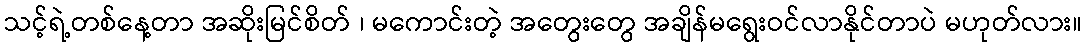
သင့်ရဲ့တစ်နေ့တာ အဆိုးမြင်စိတ် ၊ မကောင်းတဲ့ အတွေးတွေ အချိန်မရွေးဝင်လာနိုင်တာပဲ မဟုတ်လား။